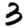
Digit: 3